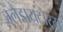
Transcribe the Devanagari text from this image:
ग्लैडायटोरम